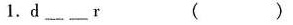
1.d______r ( )